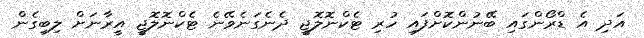
އަދި އެ ޑްރޯންގައި ބޭނުންކޮށްފައި ހުރި ޓެކްނޮލޮޖީ ދެނެގަނެވޭނެ ޓެކްނޮލޮޖީ އީރާނަށް ލިބިގެން